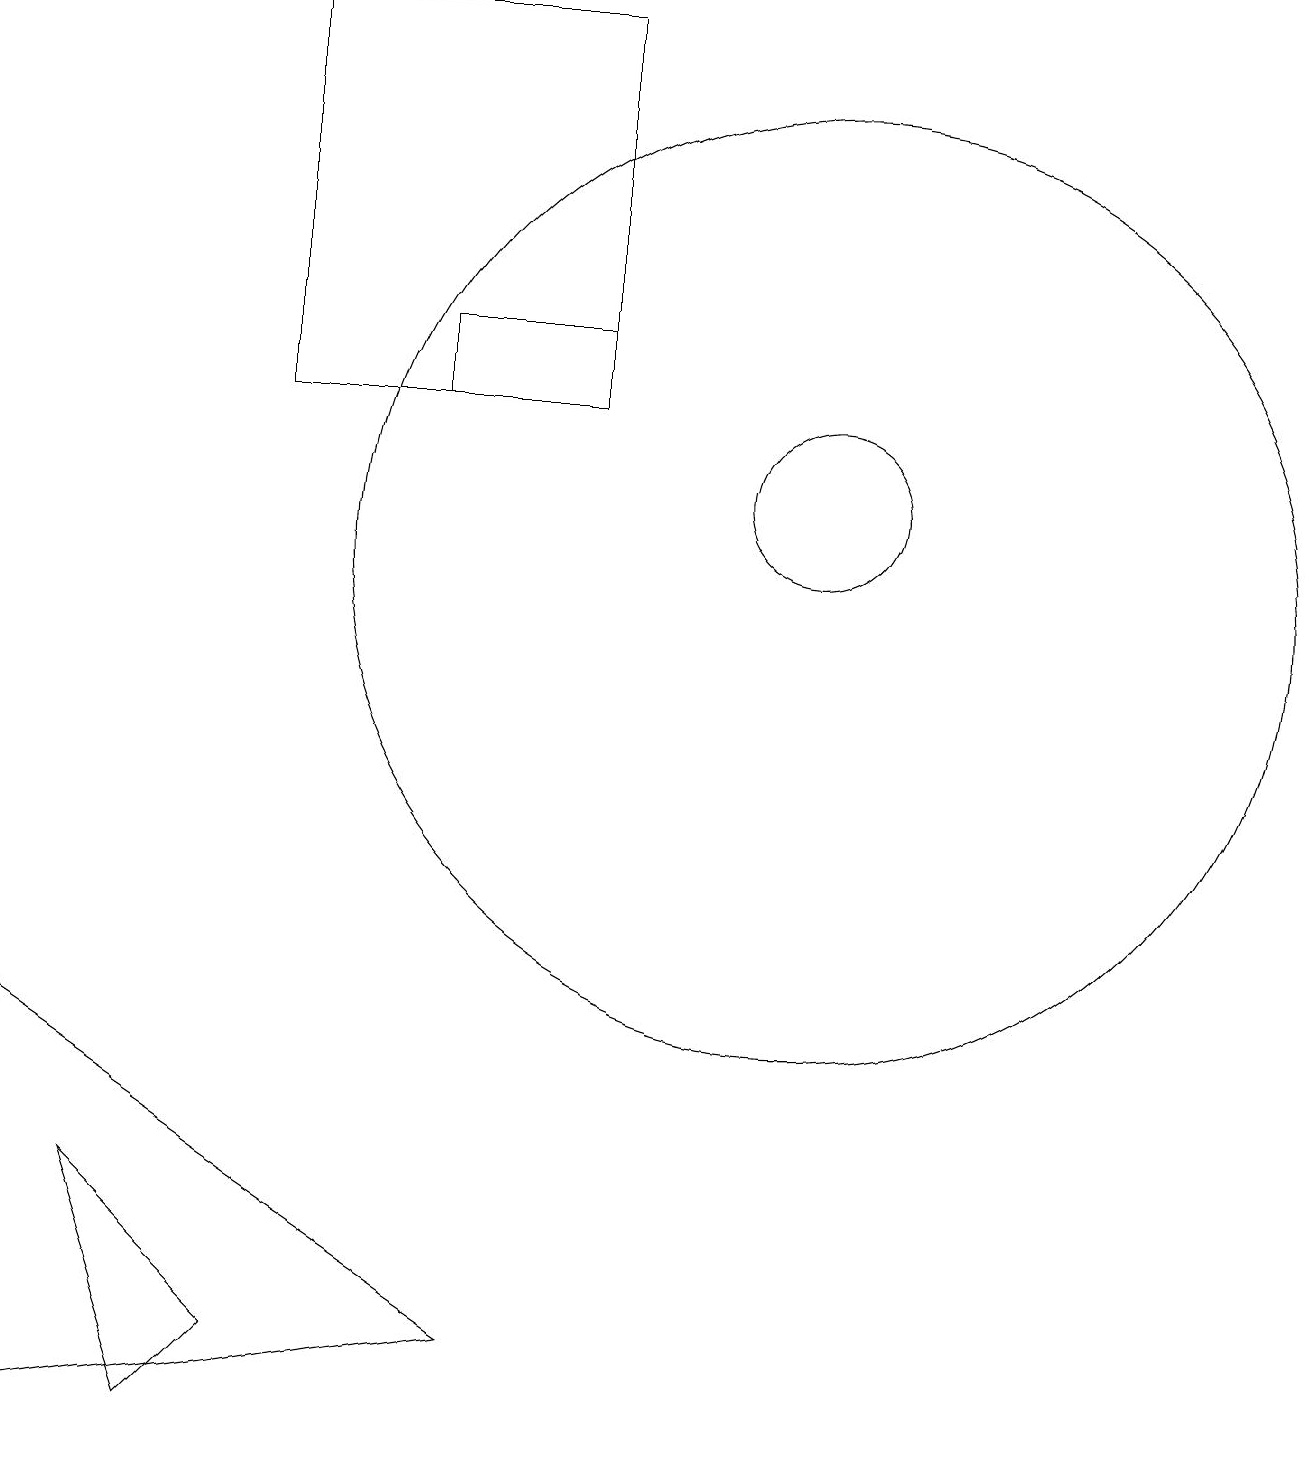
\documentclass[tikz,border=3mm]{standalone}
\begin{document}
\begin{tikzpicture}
\draw (4,0) -- (3,3) -- (5,1) -- cycle;
\draw (9,18) rectangle (5,13);
\draw (8,1) -- (2,5) -- (2,0) -- cycle;
\draw (7,14) rectangle (9,13);
\draw (12,12) circle (1);
\draw (12,11) circle (6);
\draw (11,10) circle (0);
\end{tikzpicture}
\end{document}